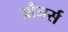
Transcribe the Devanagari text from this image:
औनर्स